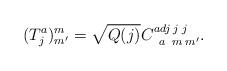
LaTeX: \begin{align*}(T^a_j)^m_{m^\prime} = \sqrt{Q(j)}C^{adj\;j\;j}_{\;\;a\;\;m\;m^\prime}. \end{align*}